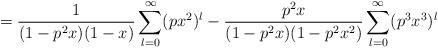
LaTeX: \begin{align*}=\frac{1}{(1-p^2x)(1-x)}\sum_{l=0}^{\infty}(px^2)^l - \frac{p^2x}{(1-p^2x)(1-p^2x^2)}\sum_{l=0}^{\infty} (p^3x^3)^l\end{align*}